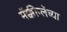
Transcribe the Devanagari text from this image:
मॅक्कीन्लेंच्या